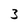
Character: 3